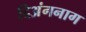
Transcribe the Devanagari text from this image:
दिअंगनाग